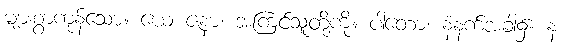
များစွာကုန်သော။ ယေ ဇနာ၊ အကြင်သူတို့ကို။ ပါတော၊ နံနက်အခါ၌။ န